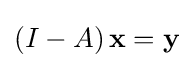
\left(I-A\right)\mathbf {x} =\mathbf {y}